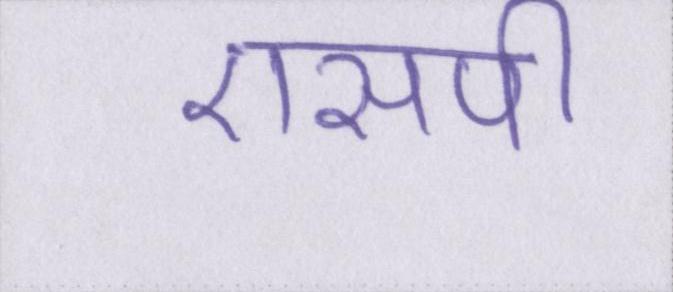
एसपी